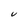
Character: V